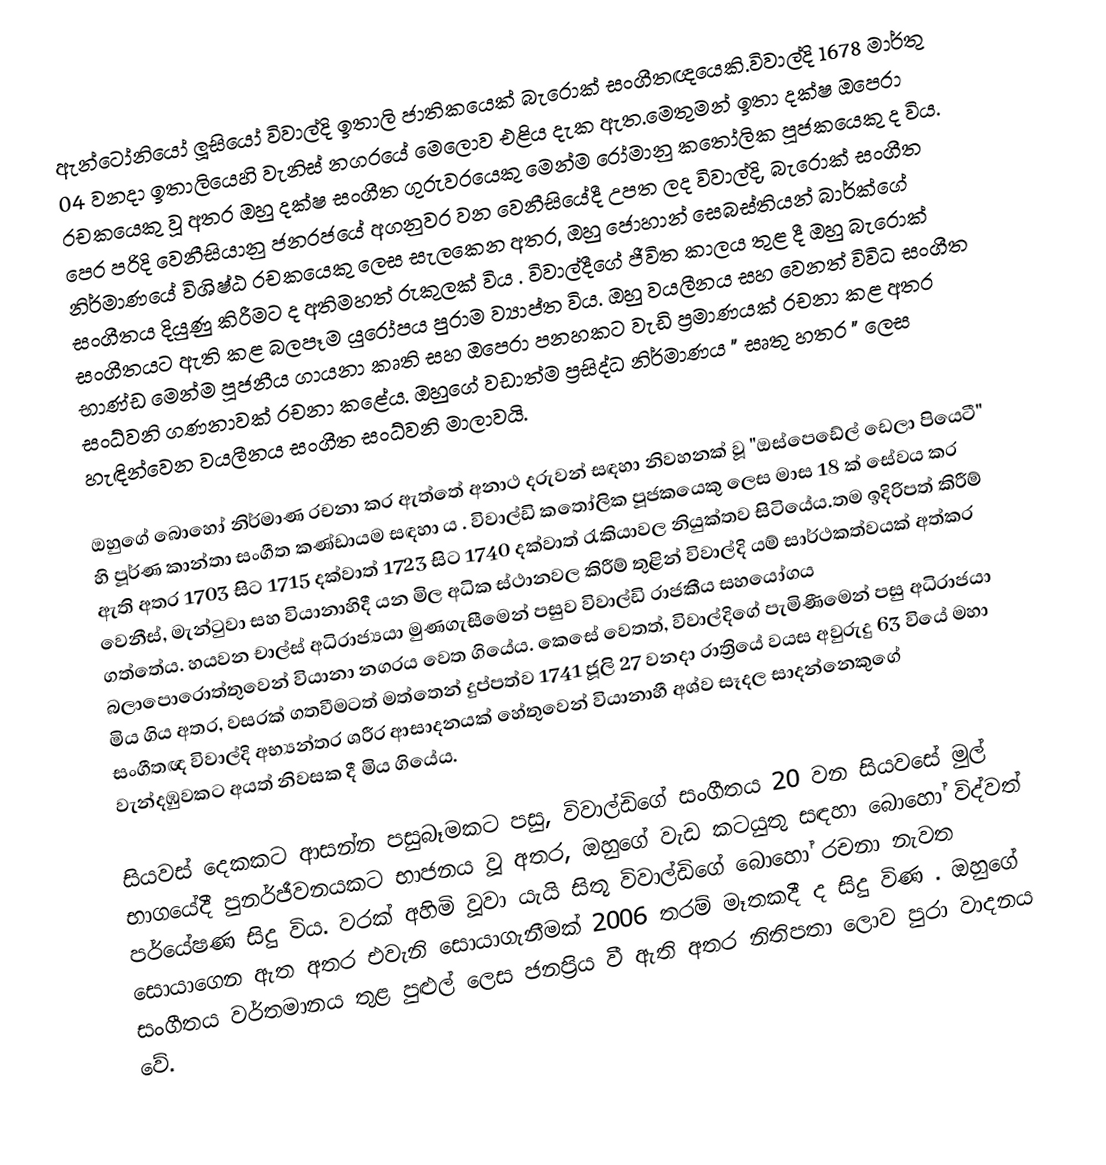
ඇන්ටෝනියෝ ලූසියෝ විවාල්දි  ඉතාලි ජාතිකයෙක් බැරොක් සංගීතඥයෙකි.විවාල්දි 1678 මාර්තු 04 වනදා ඉතාලියෙහි වැනිස් නගරයේ මෙලොව එළිය දැක ඇත.මෙතුමන් ඉතා දක්ෂ ඔපෙරා රචකයෙකු වූ අතර ඔහු දක්ෂ සංගීත ගුරුවරයෙකු මෙන්ම රෝමානු කතෝලික පූජකයෙකු ද විය. පෙර පරිදි වෙනීසියානු ජනරජයේ අගනුවර වන වෙනීසියේදී උපත ලද විවාල්දි, බැරොක් සංගීත නිර්මාණයේ විශිෂ්ඨ රචකයෙකු ලෙස සැලකෙන අතර, ඔහු  ජොහාන් සෙබස්තියන් බාර්ක්ගේ සංගීතය දියුණු කිරීමට ද අතිමහත් රුකුලක් විය . විවාල්දීගේ ජීවිත කාලය තුළ දී ඔහු බැරොක් සංගීතයට ඇති කළ බලපෑම යුරෝපය පුරාම ව්‍යාප්ත විය. ඔහු වයලීනය සහ වෙනත් විවිධ සංගීත භාණ්ඩ මෙන්ම පූජනීය ගායනා කෘති සහ ඔපෙරා පනහකට වැඩි ප්‍රමාණයක් රචනා කළ අතර  සංධ්වනි ගණනාවක් රචනා කළේය. ඔහුගේ වඩාත්ම ප්‍රසිද්ධ නිර්මාණය " සෘතු හතර " ලෙස හැඳින්වෙන වයලීනය සංගීත සංධ්වනි මාලාවයි.

ඔහුගේ බොහෝ නිර්මාණ රචනා කර ඇත්තේ අනාථ දරුවන් සඳහා නිවහනක් වූ "ඔස්පෙඩේල් ඩෙලා පියෙටී" හි පූර්ණ කාන්තා සංගීත කණ්ඩායම සඳහා ය . විවාල්ඩි කතෝලික පූජකයෙකු ලෙස මාස 18 ක් සේවය කර ඇති අතර 1703 සිට 1715 දක්වාත් 1723 සිට 1740 දක්වාත් රැකියාවල නියුක්තව සිටියේය.තම ඉදිරිපත් කිරීම් වෙනීස්, මැන්ටුවා සහ වියානාහිදී යන මිල අධික ස්ථානවල  කිරීම් තුළින් විවාල්දි යම් සාර්ථකත්වයක් අත්කර ගත්තේය. හයවන චාල්ස් අධිරාජ්‍යයා මුණගැසීමෙන් පසුව විවාල්ඩි රාජකීය සහයෝගය බලාපොරොත්තුවෙන් වියානා නගරය වෙත ගියේය. කෙසේ වෙතත්, විවාල්දිගේ පැමිණීමෙන් පසු අධිරාජයා මිය ගිය අතර,  වසරක් ගතවීමටත් මත්තෙන්  දුප්පත්ව 1741 ජූලි 27 වනදා රාත්‍රියේ  වයස අවුරුදු 63 වියේ මහා සංගීතඥ විවාල්දි  අභ්‍යන්තර ශරීර ආසාදනයක් හේතුවෙන් වියානාහී අශ්ව සෑදල සාදන්නෙකුගේ  වැන්දඹුවකට අයත් නිවසක දී  මිය ගියේය.

සියවස් දෙකකට ආසන්න පසුබෑමකට පසු, විවාල්ඩිගේ සංගීතය 20 වන සියවසේ මුල් භාගයේදී පුනර්ජීවනයකට භාජනය වූ අතර, ඔහුගේ වැඩ කටයුතු සඳහා බොහෝ විද්වත් පර්යේෂණ සිදු විය. වරක් අහිමි වූවා යැයි සිතූ විවාල්ඩිගේ බොහෝ රචනා නැවත සොයාගෙන ඇත අතර එවැනි සොයාගැනීමක්  2006 තරම් මෑතකදී ද සිදු විණ . ඔහුගේ සංගීතය වර්තමානය තුළ පුළුල් ලෙස ජනප්‍රිය වී ඇති අතර නිතිපතා ලොව පුරා වාදනය වේ.